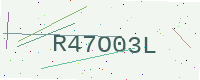
Text: R47O03L